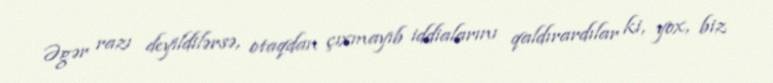
Əgər razı deyildilərsə, otaqdan çıxmayıb iddialarını qaldırardılar ki, yox, biz